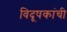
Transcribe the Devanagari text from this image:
विदूषकांची